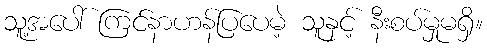
သူ့အပေါ် ကြင်နာဟန်ပြပေမဲ့ သူနှင့် နီးစပ်မှုမရှိ။